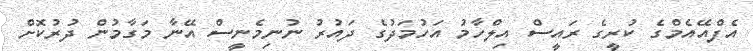
އެފްއޭއެމްގެ ކުރީގެ ރައީސް އިލްހާމު އަހުމަދުގެ ދައުރު ނުނިމެނީސް އޭނާ މަގާމުން ދުރުކޮށް